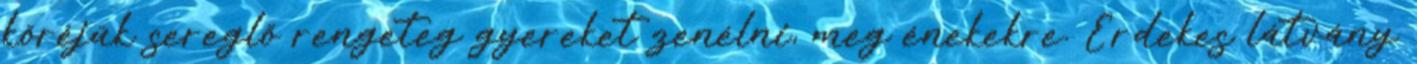
köréjük sereglő rengeteg gyereket zenélni, meg énekekre. Érdekes látvány